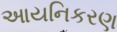
આયનિકરણ